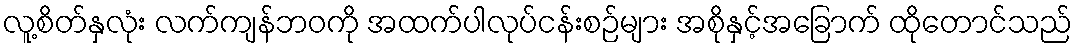
လူ့စိတ်နှလုံး လက်ကျန်ဘဝကို အထက်ပါလုပ်ငန်းစဉ်များ အစိုနှင့်အခြောက် ထိုတောင်သည်